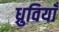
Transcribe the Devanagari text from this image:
ध्रुवियाँ